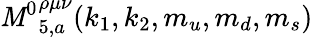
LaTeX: {\mathit{M}^{0}}_{5,a}^{\rho\mu\nu}(k_{1},k_{2},m_{u},m_{d},m_{s})